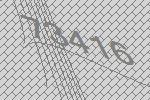
73416